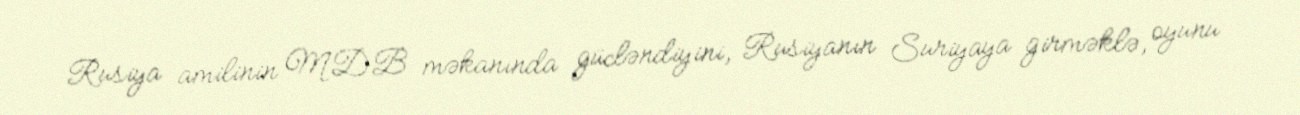
Rusiya amilinin MDB məkanında gücləndiyini, Rusiyanın Suriyaya girməklə, oyunu